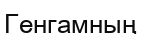
Генгамның